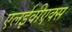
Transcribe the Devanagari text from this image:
एलईवीएक्स